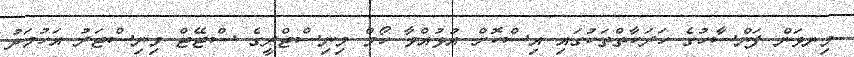
މިނވަން ފަންސާހުގެ ހަރަކާތްތަކުގައި އިސްކޮށް އުޅުއްވާ ހޯމް މިނިސްޓްރީގެ ސްޓޭޓް މިނިސްޓަރު އަހުމަދު